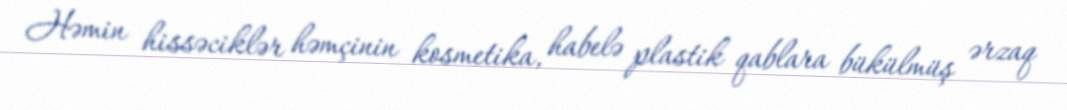
Həmin hissəciklər həmçinin kosmetika, habelə plastik qablara bükülmüş ərzaq